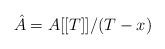
LaTeX: \begin{align*}\hat A = A[[T]]/(T - x)\end{align*}